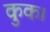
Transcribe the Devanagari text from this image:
कुक।